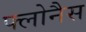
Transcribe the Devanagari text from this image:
फ्लोनैस